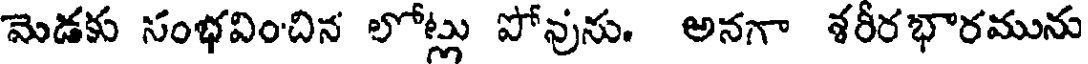
మెడకు సంభవించిన లోట్లు పోవును. అనగా శరీరభారమును